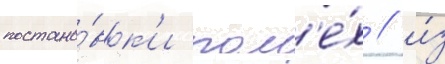
постано́вк'и пом'е́х / и́з